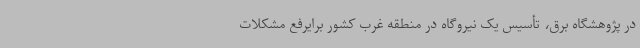
در پژوهشگاه برق، تأسیس یک نیروگاه در منطقه غرب کشور برایرفع مشکلات